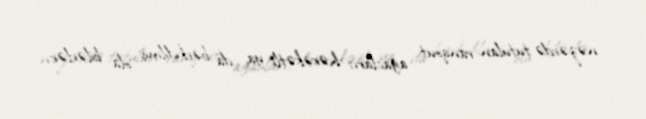
nəzərdə tutulan ranqout ağacları, hərəkətli ya da bərkidilmiş ola bilərlər.